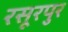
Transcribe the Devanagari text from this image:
रसूरपुर